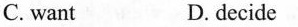
C. want D.decide